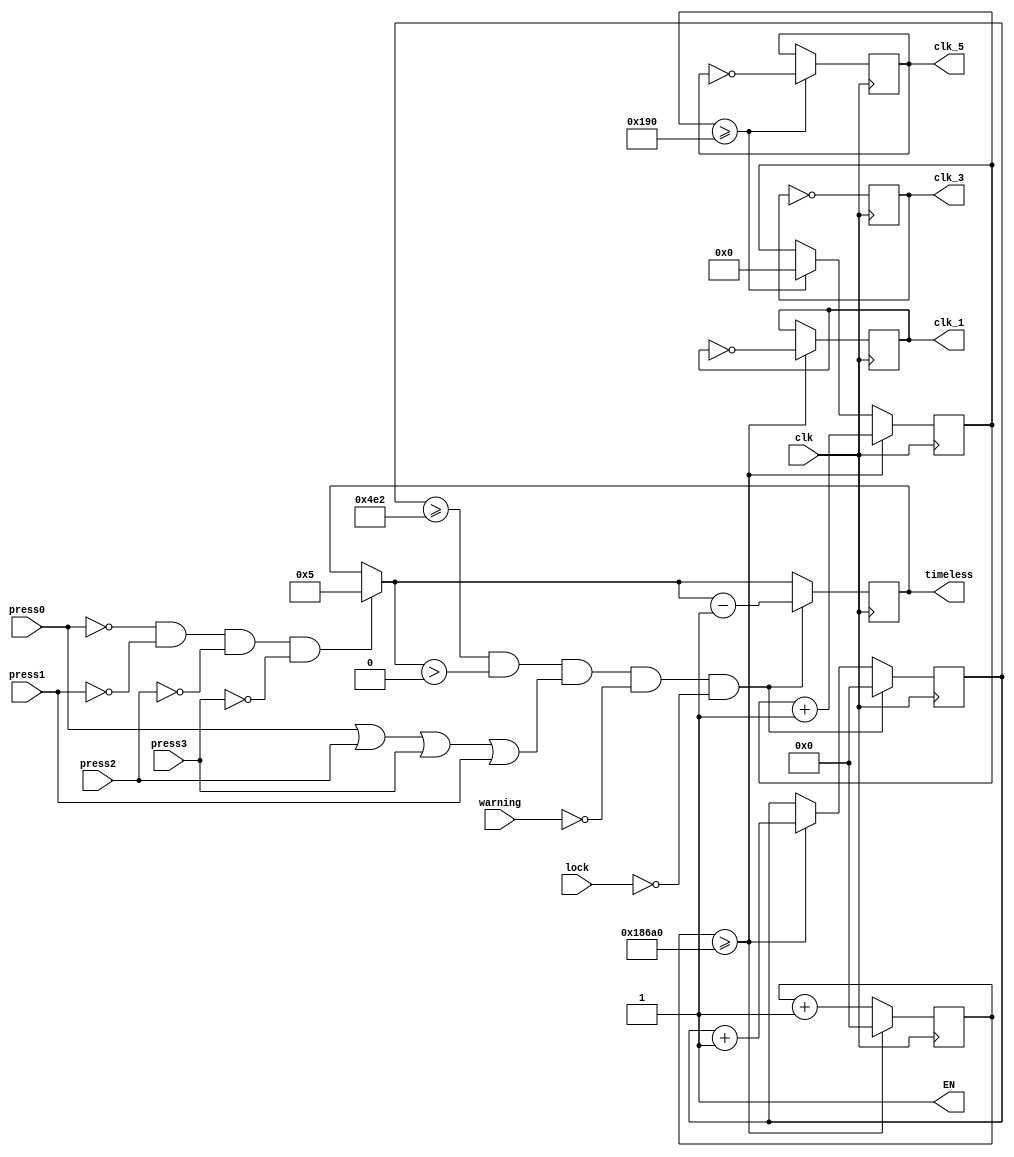
module clk(
    input clk,
    output clk_1,
    output clk_3,
    output clk_5,
    output[3:0] timeless,
    output EN,
    input press0,
    input press1,
    input press2,
    input press3,
    input warning,
    input lock
    );
       wire clk;
       wire press0,press1,press2,press3;
       reg clk_1=0,clk_3=0,clk_5=0;
       reg EN=1;
       reg[19:0] cout1=0;//洢
       reg[19:0] cout2=0;
       reg[9:0] cout5=0;
       reg[3:0] timeless=4'b0101;
       parameter N=100000;//ƵС
       parameter M=1250;
       parameter Z=400;
       always @(posedge clk)
       begin
           if(press0==0&&press1==0&&press2==0&&press3==0)
               timeless=4'b0101;
           if(cout5>=Z)
           begin
           clk_5=~clk_5;
           cout5<=0;
           end
           if(cout1>=N)
           begin
               clk_1<=~clk_1;//500HZʱź
               cout2<=cout2+1;
               cout5<=cout5+1;
               cout1<=0;//
           end
           else
           cout1<=cout1+1;//
           if(cout2>=M&&timeless>0&&(press0||press2||press3||press1)&&!warning&&!lock)
           begin
               timeless=timeless-1;
               cout2<=0;
           end
           clk_3=~clk_3;
       end
endmodule